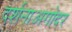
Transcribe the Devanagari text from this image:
दर्शनाअगोदर